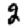
Digit: 2